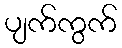
ပျက်ကွက်